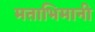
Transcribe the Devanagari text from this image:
मताभिमानी